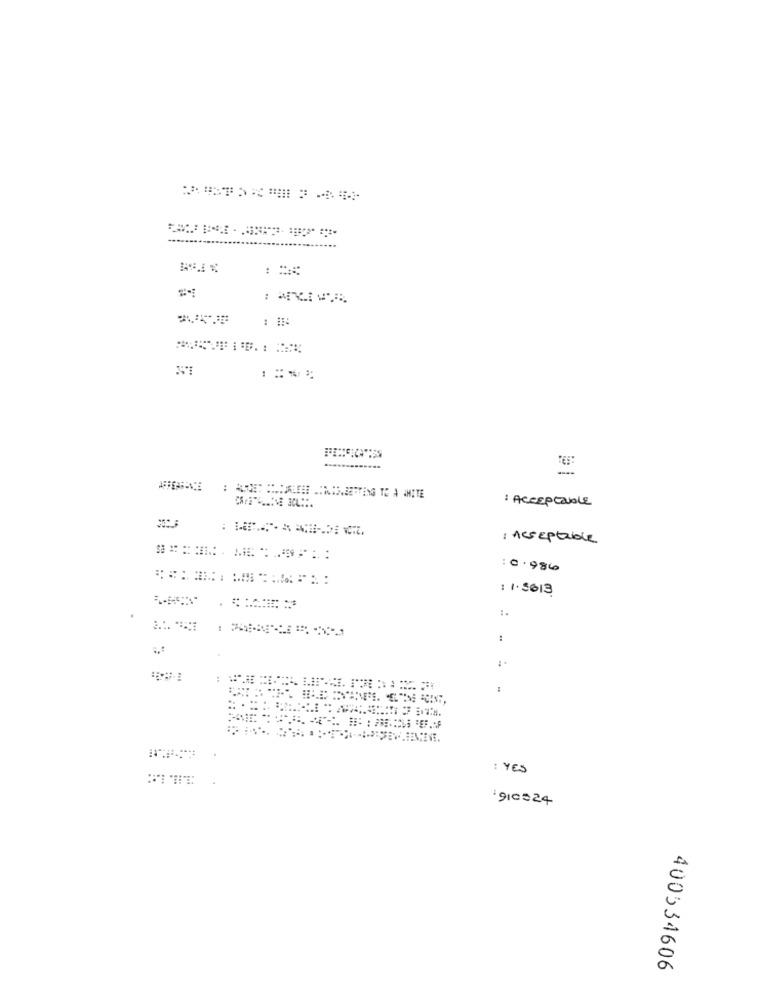
:53:
: Acceptable
: Acceptable
:0.986
: 1.5013
1.
: YES
90024
400534606